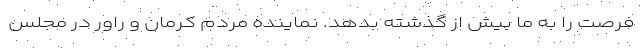
فرصت را به ما بیش از گذشته بدهد. نماینده مردم کرمان و راور در مجلس